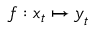
\boldsymbol f : \boldsymbol x _ { t } \mapsto \boldsymbol y _ { t }